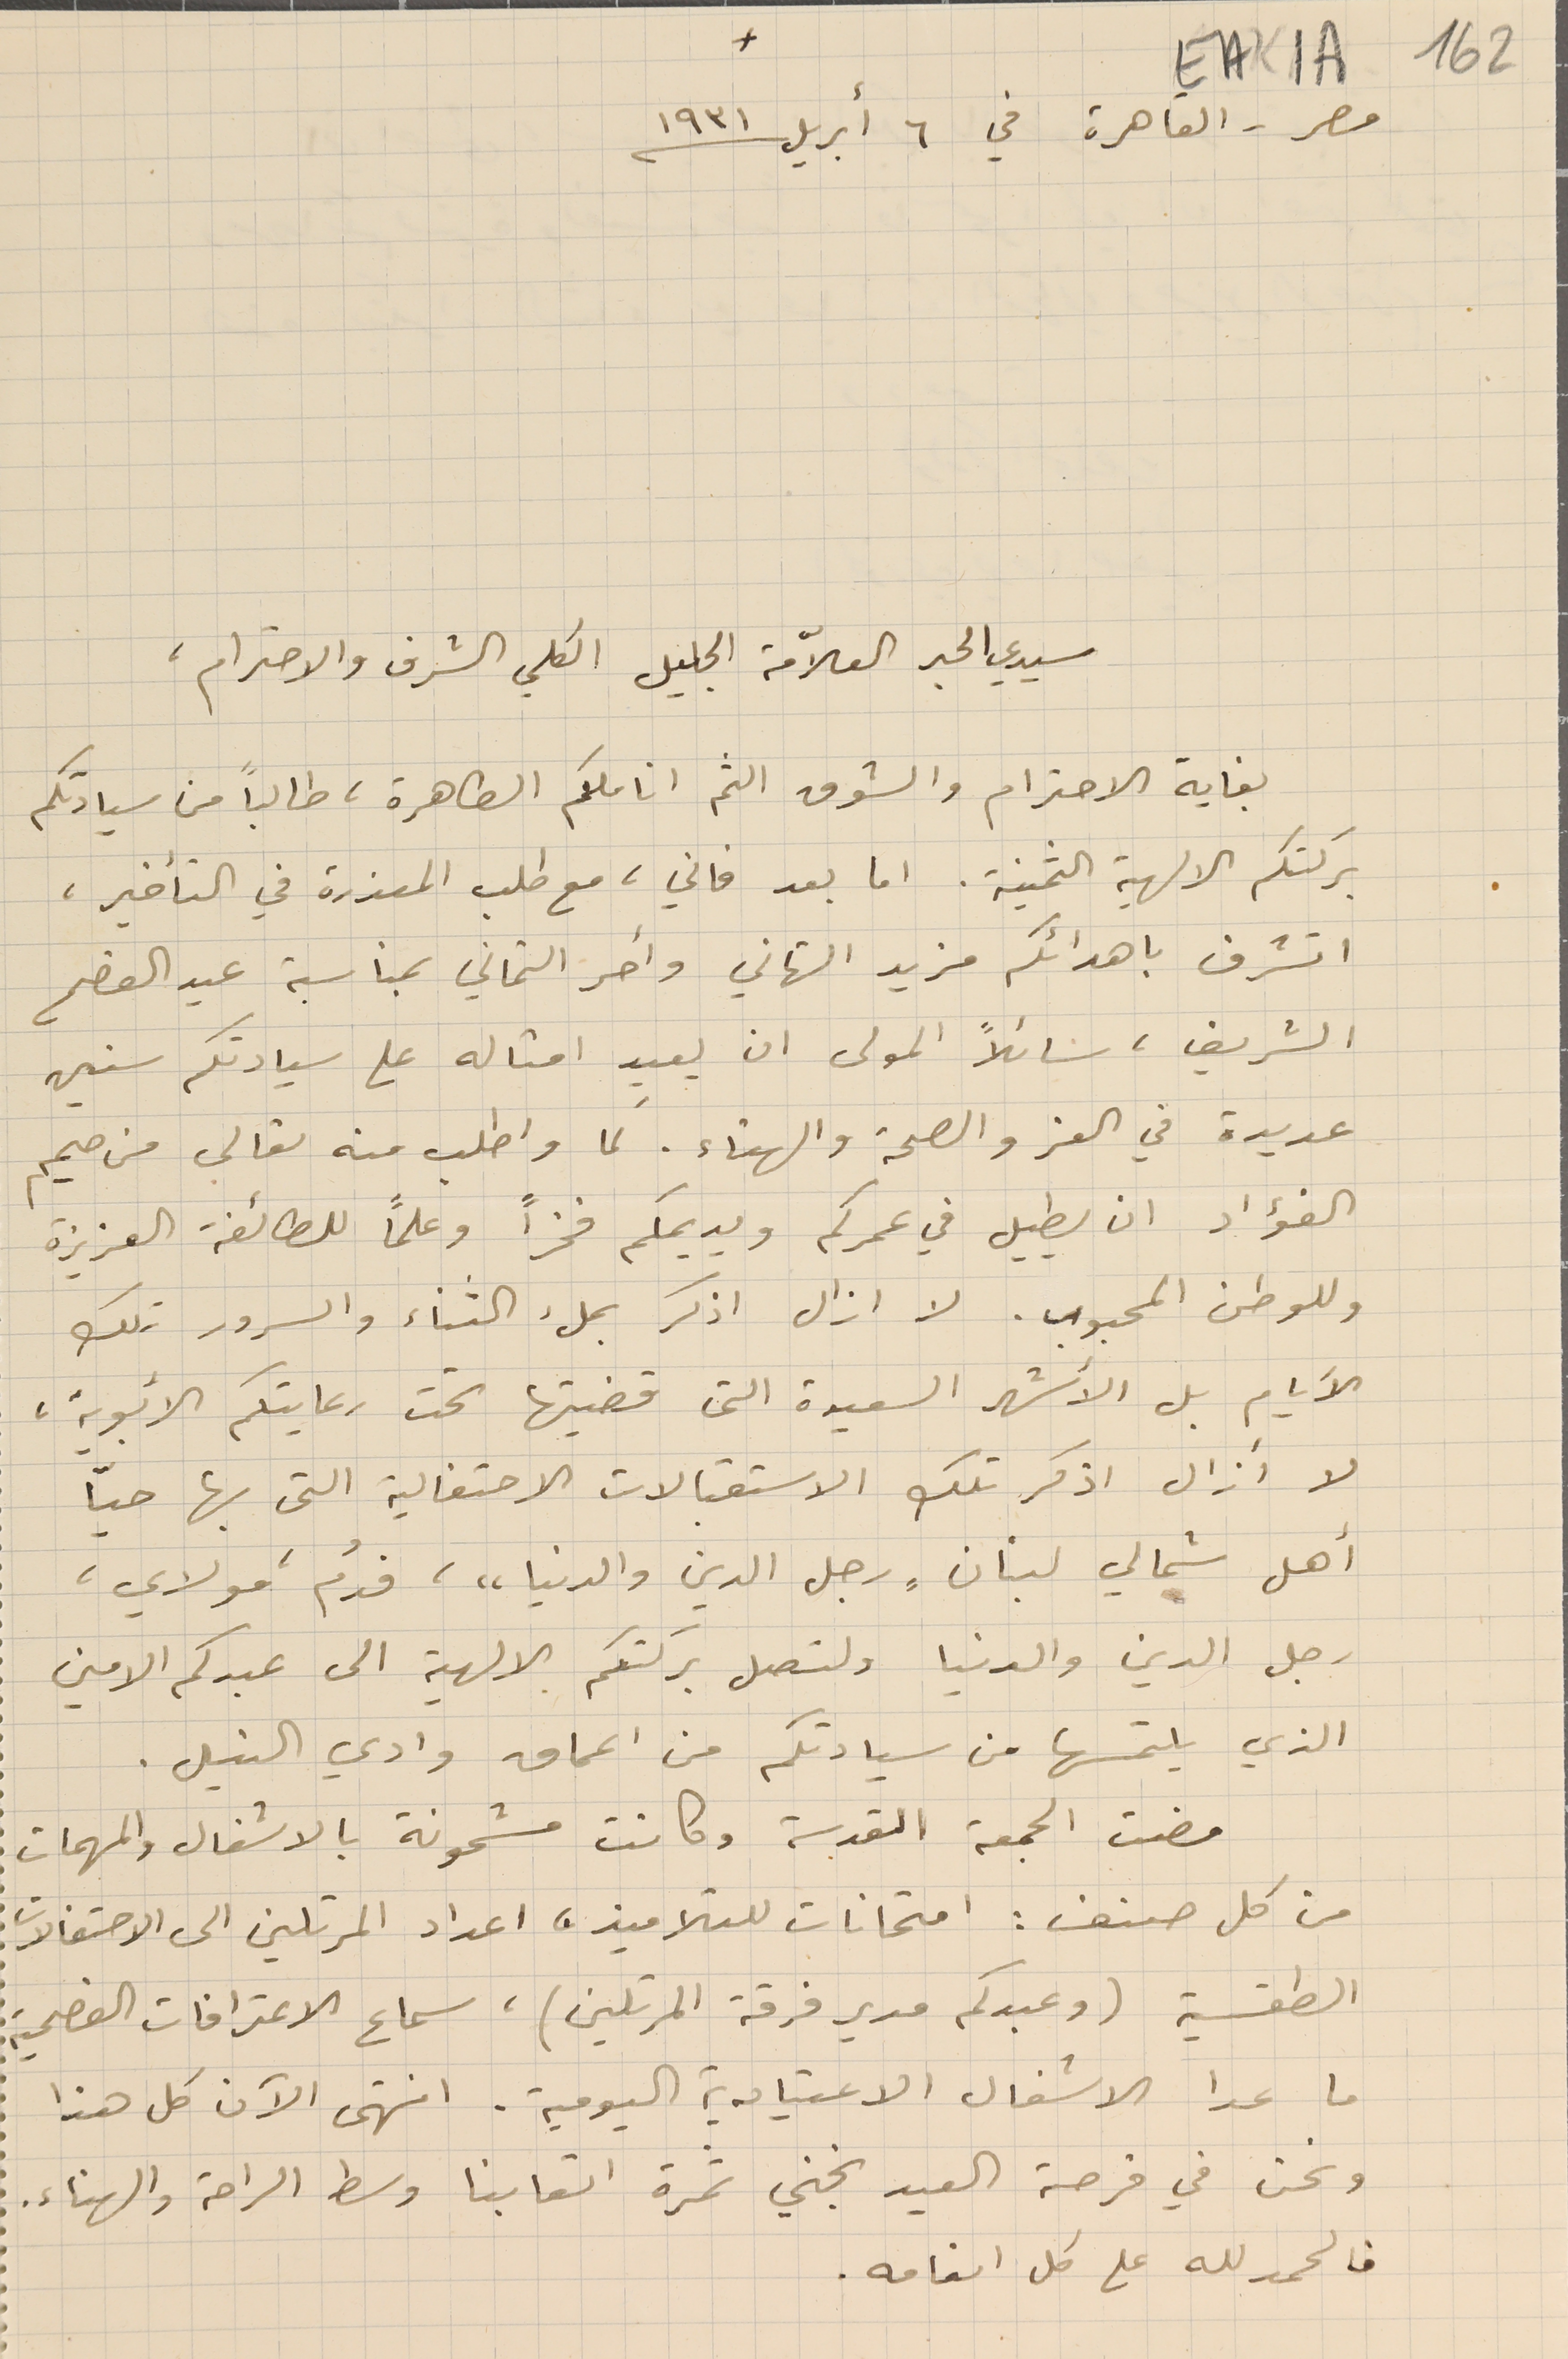
EAK1A 162
 مصر - القاهرة في ٦ أبريل ١۹۳١
 سيدي الحبر العلاّمة الجليل الكلي الشرف والاحترام،
بغاية الاحترام والشوق الثم اناملكم الطاهرة، طالبًا من سيادتكم
بركتكم الالهية الثمنية. اما بعد فاني، مع طلب المعذرة في التأخير،
اتشرف باهدائكم مزيد التهاني واحر التماني بمناسبة عيد الفصح
 الشريف، سائلاً المولى ان يعيد امثاله على سيادتكم سنين
عديدة في العز والصحة والهناء. كما واطلب منه تعالى من صميم
الفؤاد ان يطيل في عمركم ويديمكم فخراً وعلمًا للطائفة العزيزة
وللوطن المحبوب. لا ازال اذكر بملء الثناء والسرور تلك
الأيام بل الأشهر السعيدة التى قضيتها تحت رعايتكم الأبوية،
لا أزال اذكر تلك الاستقبالات الاحتفالية التى بها حيّا
أهل شمالي لبنان "رجل الدين والدنيا"، فدُم مولاي،
رجل الدين والدنيا ولتصل بركتكم الالهية الى عبدكم الامين
الذي يلتمسها من سيادتكم من اعماق وادي النيل.
 مضت الجمعة المقدسة وكانت مشحونة بالاشغال والمهمات
 من كل صنف: امتحانات للتلاميذه اعداد المرتلين الى الاحتفالات
الطقسية (وعبدكم مدير فرقة المرتلين)، سماع الاعترافات الفصحية
ما عدا الاشغال الاعتيادية اليومية. انتهى الآن كل هذا
ونحن في فرصة العيد نجني ثمرة اتعابنا وسط الراحة والهناء.
فالحمد لله على كل انعامه.